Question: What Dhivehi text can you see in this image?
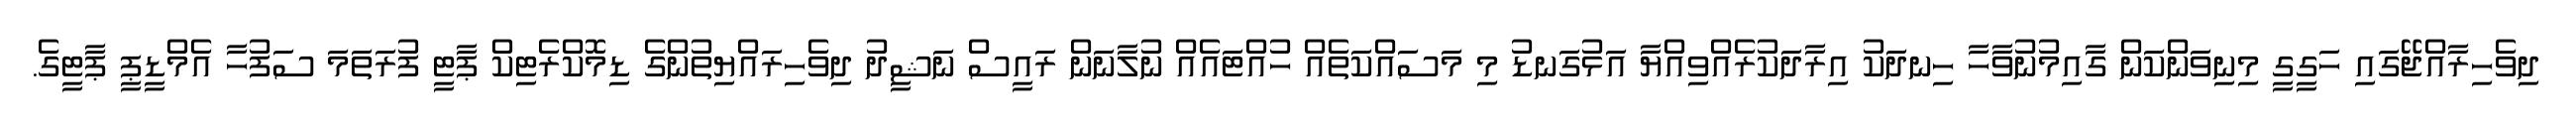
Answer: ދިވެހިރާއްޖޭގައި ހަގީގީ މިނިވަންކަން ގާއިމުނުވާހާ ހިނދަކު އިރާދަކުރެއްވިއްޔާ އަޅުގަނޑު މި މަސައްކަތެއް ހުއްޓައެއް ނުލާނަން ރައީސް ނަޝީދު ދިވެހިރައްޔިތުންގެ ޑިމޮކްރެޓިކް ޕާޓީ ފުރަތަމަ ސަފުހާ އެމްޑީޕީ ޕާޓީގެ.